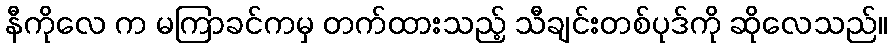
နီကိုလေ က မကြာခင်ကမှ တက်ထားသည့် သီချင်းတစ်ပုဒ်ကို ဆိုလေသည်။